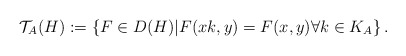
\begin{align*}\mathcal{T}_A(H):= \left\{ F \in D(H)|F(xk,y)=F(x,y) \forall k \in K_A \right\}.\end{align*}